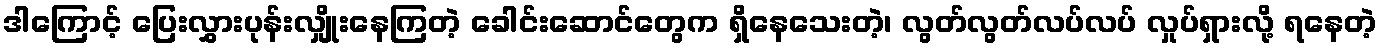
ဒါကြောင့် ပြေးလွှားပုန်းလျှိုးနေကြတဲ့ ခေါင်းဆောင်တွေက ရှိနေသေးတဲ့၊ လွတ်လွတ်လပ်လပ် လှုပ်ရှားလို့ ရနေတဲ့